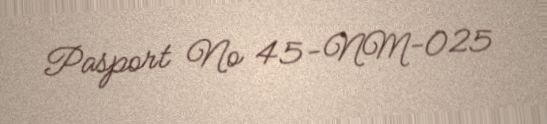
Pasport № 45-NM-025